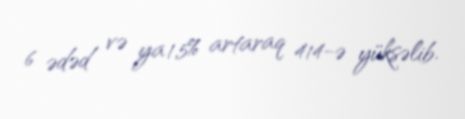
6 ədəd və ya 1,5% artaraq 414-ə yüksəlib.